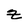
Character: z